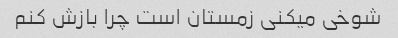
شوخی میکنی زمستان است چرا بازش کنم